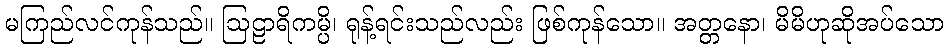
မကြည်လင်ကုန်သည်။ ဩဠာရိကမ္ပိ၊ ရုန့်ရင်းသည်လည်း ဖြစ်ကုန်သော။ အတ္တနော၊ မိမိဟုဆိုအပ်သော